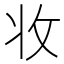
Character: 𭣣